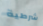
شرطية